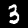
Label: 3